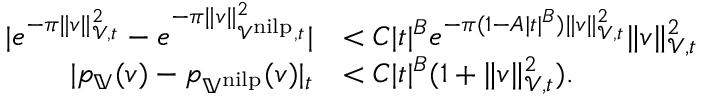
\begin{array} { r l } { | e ^ { - \pi \| v \| _ { \mathcal { V } , t } ^ { 2 } } - e ^ { - \pi \| v \| _ { \mathcal { V } ^ { \mathrm { n i l p } } , t } ^ { 2 } } | } & { < C | t | ^ { B } e ^ { - \pi ( 1 - A | t | ^ { B } ) \| v \| _ { \mathcal { V } , t } ^ { 2 } } \| v \| _ { \mathcal { V } , t } ^ { 2 } } \\ { | p _ { \mathbb { V } } ( v ) - p _ { \mathbb { V } ^ { \mathrm { n i l p } } } ( v ) | _ { t } } & { < C | t | ^ { B } ( 1 + \| v \| _ { \mathcal { V } , t } ^ { 2 } ) . } \end{array}